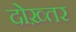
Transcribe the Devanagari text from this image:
दोख़्तर